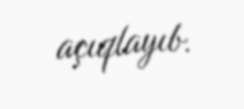
açıqlayıb.